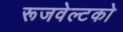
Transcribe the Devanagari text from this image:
रूजवेल्टको